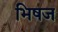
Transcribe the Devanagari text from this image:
भिषज